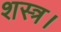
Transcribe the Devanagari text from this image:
शस्त्र।